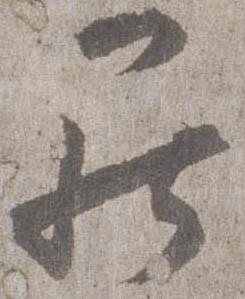
罷